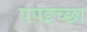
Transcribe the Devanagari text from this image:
पपइच्छा